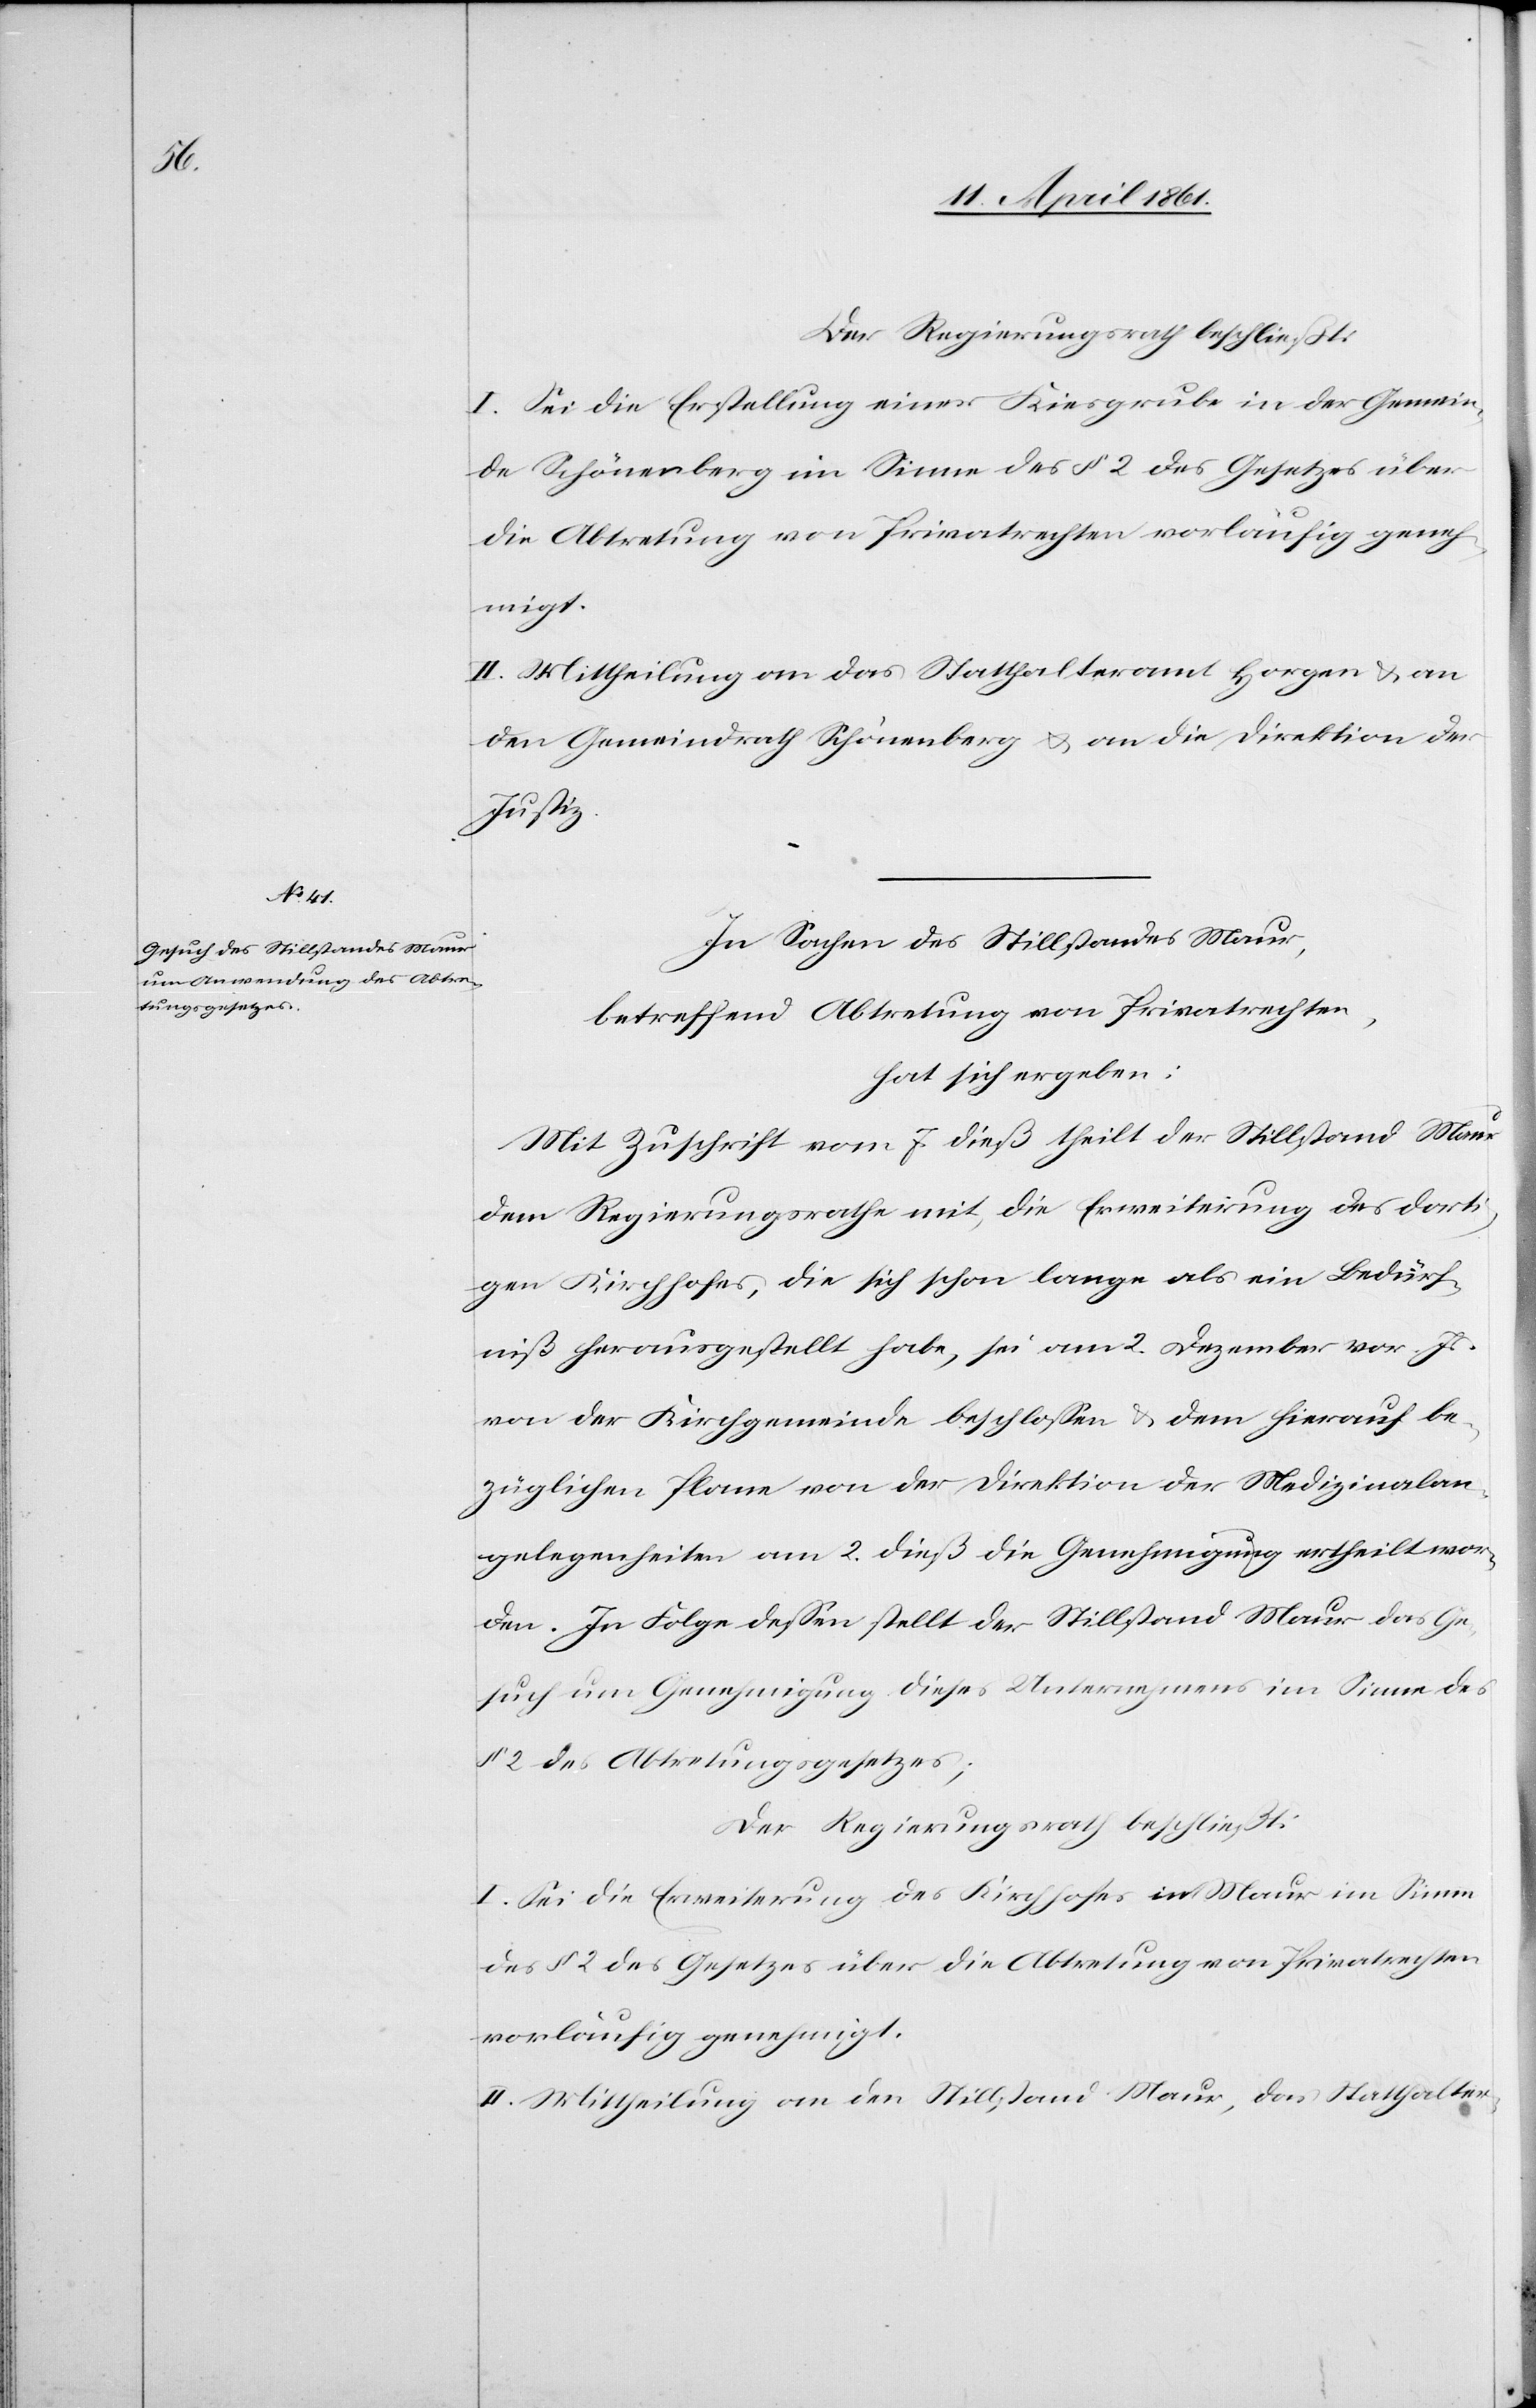
Der Regierungsrath beschließt:
I. Sei die Erstellung einer Kiesgrube in der Gemein¬
de Schönenberg im Sinne des § 2 des Gesetzes über
die Abtretung von Privatrechten vorläufig geneh¬
migt.
II. Mittheilung an das Statthalteramt Horgen u. an
den Gemeindrath Schönenberg u. an die Direktion der
Justiz.
In Sachen des Stillstandes Maur,
betreffend Abtretung von Privatrechten,
hat sich ergeben:
Mit Zuschrift vom 7. dieß theilt der Stillstand Maur
dem Regierungsrathe mit, die Erweiterung des dorti¬
gen Kirchhofes, die sich schon lange als ein Bedürf¬
niß herausgestellt habe, sei am 2. Dezember vor. Js.
von der Kirchgemeinde beschlossen u. dem hierauf be¬
züglichen Plane von der Direktion der Medizinalan¬
gelegenheiten am 2. dieß die Genehmigung ertheilt wor¬
den. In Folge dessen stellt der Stillstand Maur das Ge¬
such um Genehmigung dieses Unternehmens im Sinne des
§ 2 des Abtretungsgesetzes;
Der Regierungsrath beschließt:
I. Sei die Erweiterung des Kirchhofes in Maur im Sinne
des § 2 des Gesetzes über die Abtretung von Privatrechten
vorläufig genehmigt.
II. Mittheilung an den Stillstand Maur, das Statthalter-